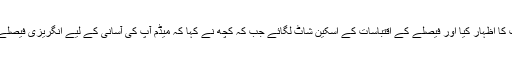
صارفین نے حیرت کا اظہار کیا اور فیصلے کے اقتباسات کے اسکین شاٹ لگائے جب کہ کچھ نے کہا کہ میڈم آپ کی آسانی کے لیے انگریزی فیصلے کا ترجمہ کردیں؟